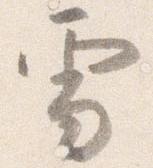
雪